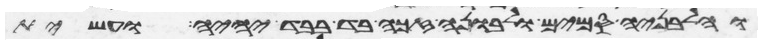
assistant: וחלבניה סמים ולבונה זכה בד בבד יהיה ועשית